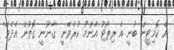
އެ ކޮމިޓީން ބުނީ އެ ރިޕޯޓު އާންމު ކުރެވޭނީ 'ގާނޫނީ ގޮތުން އެދެވޭ'